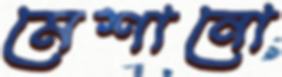
মেশানো